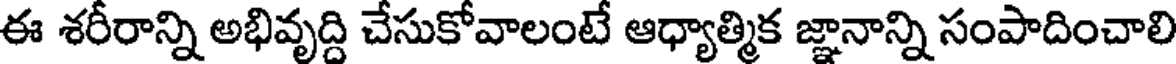
ఈ శరీరాన్ని అభివృద్ది చేసుకోవాలంటే ఆధ్యాత్మిక జ్ఞానాన్ని సంపాదించాలి